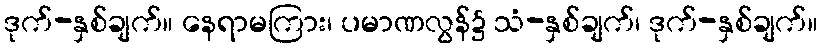
ဒုက်-နှစ်ချက်။ နေရာမကြား၊ ပမာဏလွန်၌ သံ-နှစ်ချက်၊ ဒုက်-နှစ်ချက်။